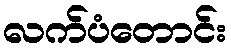
လက်ပံတောင်း